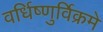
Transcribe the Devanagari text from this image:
वर्धिष्णुर्विक्रमे